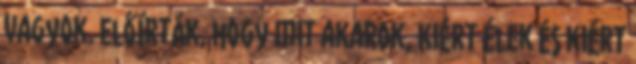
vagyok. Előírták, hogy mit akarok, Kiért élek és kiért